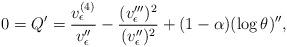
LaTeX: \begin{align*}0 = Q' = \frac {v_\epsilon^{(4)}}{v_\epsilon''} - \frac {(v_\epsilon''')^2}{(v_\epsilon'')^2} + (1-\alpha)(\log \theta)'',\end{align*}